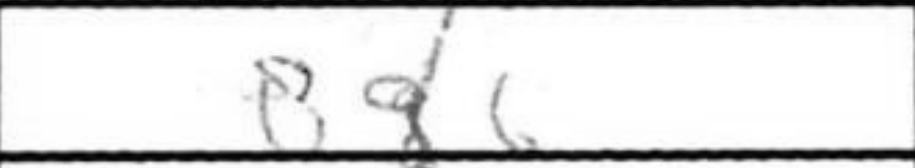
Transcription: Bg6